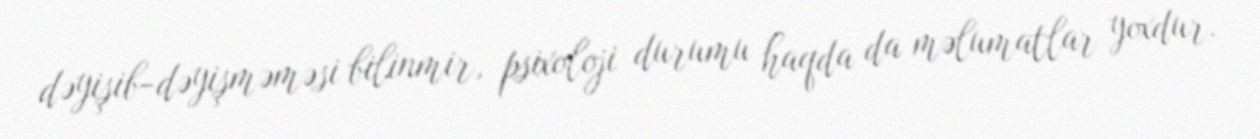
dəyişib-dəyişməməsi bilinmir, psixoloji durumu haqda da məlumatlar yoxdur.